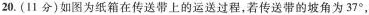
20. (11分)如图为纸箱在传送带上的运送过程，若传送带的坡角为37 ^ { 0 }，